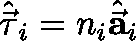
{ \hat { \vec { \mathbf { \tau } } } } _ { i } = n _ { i } { \hat { \vec { \mathbf { a } } } } _ { i }